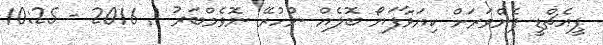
ޕީއެޗްޑީ ފެންވަރަށް ކިޔަވާފަޔޯ ބޮލެއް ނުހުރޭ ނޮވެމްބަރު 1